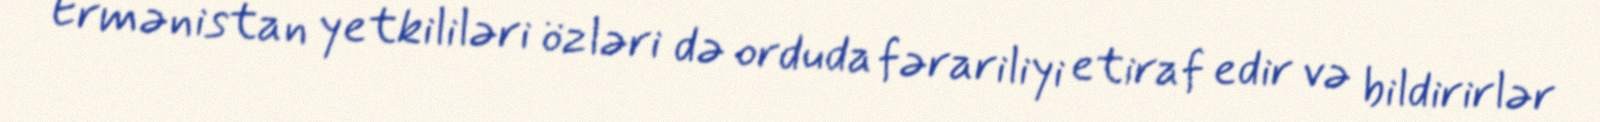
Ermənistan yetkililəri özləri də orduda fərariliyi etiraf edir və bildirirlər